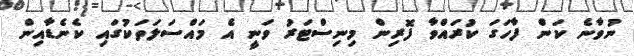
ނުވާނެ ކަން ފާހަގަ ކުރައްވާ ފޮރިން މިނިސްޓަރު ވަނީ އެ މައްސަލަތަކުގައި ކެނެޑާއިން